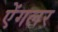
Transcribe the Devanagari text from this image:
ऐंगलर